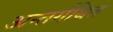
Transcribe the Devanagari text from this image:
अन्तर्गथित